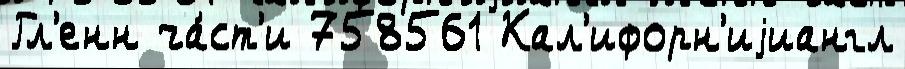
Гл'енн ча́ст'и 758561 Кал'ифорн'иjиангл